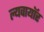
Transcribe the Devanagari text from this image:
ल्यवायॉर